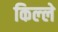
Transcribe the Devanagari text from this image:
किल्‍ले